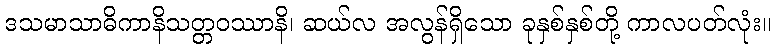
ဒသမာသာဓိကာနိသတ္တဝဿာနိ၊ ဆယ်လ အလွန်ရှိသော ခုနှစ်နှစ်တို့ ကာလပတ်လုံး။